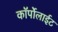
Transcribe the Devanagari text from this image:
कॉर्पोलाईट